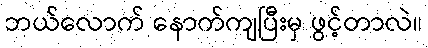
ဘယ်လောက် နောက်ကျပြီးမှ ဖွင့်တာလဲ။